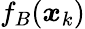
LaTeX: f_{B}(\boldsymbol{x}_{k})